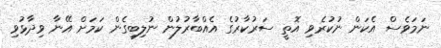
ނަމަވެސް އެކަން ނުކުރެވި އޮތީ ސަރުކާރުގެ އެއްބާރުލުން ނުލިބިގެން ކަމަށް އޭނާ ވިދާޅުވި